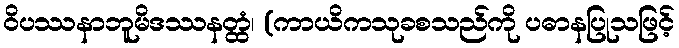
ဝိပဿနာဘူမိဒဿနတ္ထံ၊ (ကာယိကသုခစသည်ကို ပဓာနပြုသဖြင့်